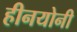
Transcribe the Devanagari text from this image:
हीनयोनी